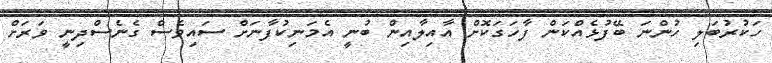
ހަކުރުބަލި ހުންނަ ބޭފުޅެއްކަން ފާހަގަކޮށް އާއިލާއިން ބުނީ އެމަނިކުފާނަށް ސައިވެސް ގެނެސްދިނީ ވަރަށް